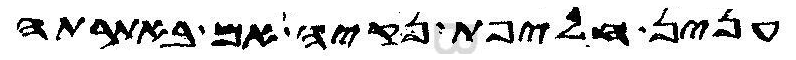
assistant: ענין חליפת נקיה אם באתרתה